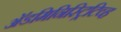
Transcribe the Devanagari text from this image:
अॅडमिनिस्ट्रिटिव्ह